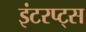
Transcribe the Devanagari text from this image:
इंटरप्ट्स